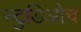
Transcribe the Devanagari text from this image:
स्टुडिओच